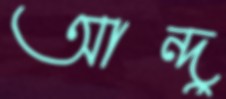
আন্দু